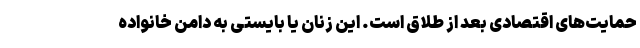
حمایت‌های اقتصادی بعد از طلاق است. این زنان یا بایستی به دامن خانواده